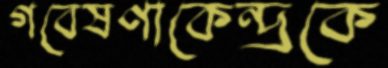
গবেষণাকেন্দ্রকে